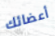
أعضائك